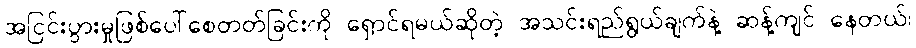
အငြင်းပွားမှုဖြစ်ပေါ်စေတတ်ခြင်းကို ရှောင်ရမယ်ဆိုတဲ့ အသင်းရည်ရွယ်ချက်နဲ့ ဆန့်ကျင် နေတယ်၊